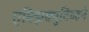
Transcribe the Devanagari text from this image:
एक्झिक्युटिव्हने